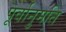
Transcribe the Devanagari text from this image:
पूर्वानुमति